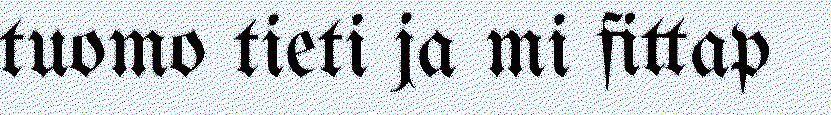
tuomo tieti ja mi fittap